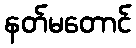
နတ်မတောင်